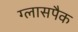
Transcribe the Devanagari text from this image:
ग्लासपैक